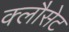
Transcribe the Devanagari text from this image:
क्लौसेट